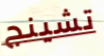
تشينج